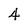
Character: 4